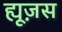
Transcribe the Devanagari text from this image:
ह्यूज़स